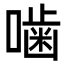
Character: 噛